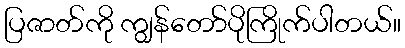
ပြဇာတ်ကို ကျွန်တော်ပိုကြိုက်ပါတယ်။